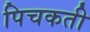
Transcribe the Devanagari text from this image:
पिचकती